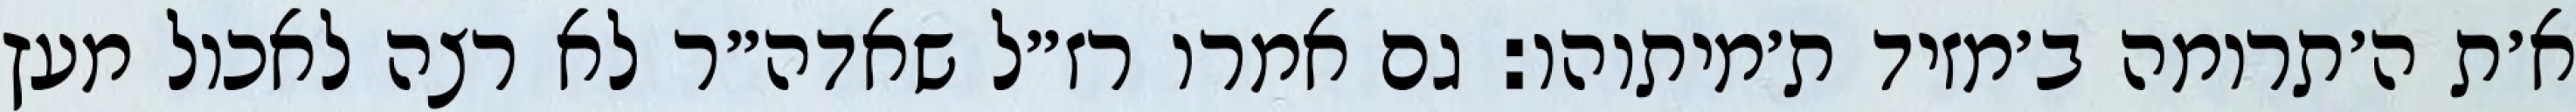
א׳ת ה׳תרומה ב׳מזיד ת׳מיתוהו: גם אמרו רז״ל שאדה״ר לא רצה לאכול מעץ